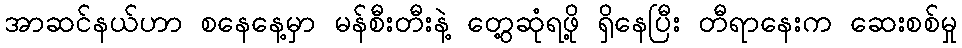
အာဆင်နယ်ဟာ စနေနေ့မှာ မန်စီးတီးနဲ့ တွေ့ဆုံရဖို့ ရှိနေပြီး တီရာနေးက ဆေးစစ်မှု